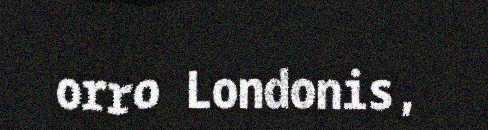
orro Londonis,